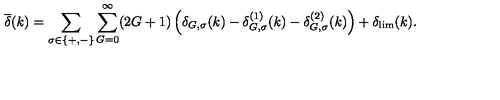
\overline { { \delta } } ( k ) = \sum _ { \sigma \in \{ + , - \} } \sum _ { G = 0 } ^ { \infty } ( 2 G + 1 ) \left( \delta _ { G , \sigma } ( k ) - \delta _ { G , \sigma } ^ { ( 1 ) } ( k ) - \delta _ { G , \sigma } ^ { ( 2 ) } ( k ) \right) + \delta _ { \mathrm { l i m } } ( k ) .